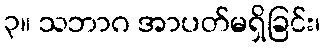
၃။ သဘာဂ အာပတ်မရှိခြင်း၊